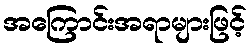
အကြောင်းအရာများဖြင့်